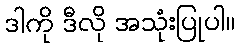
ဒါကို ဒီလို အသုံးပြုပါ။